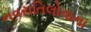
નવરાતિલોવાના